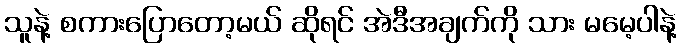
သူနဲ့ စကားပြောတော့မယ် ဆိုရင် အဲဒီအချက်ကို သား မမေ့ပါနဲ့